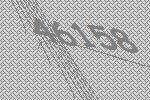
46158